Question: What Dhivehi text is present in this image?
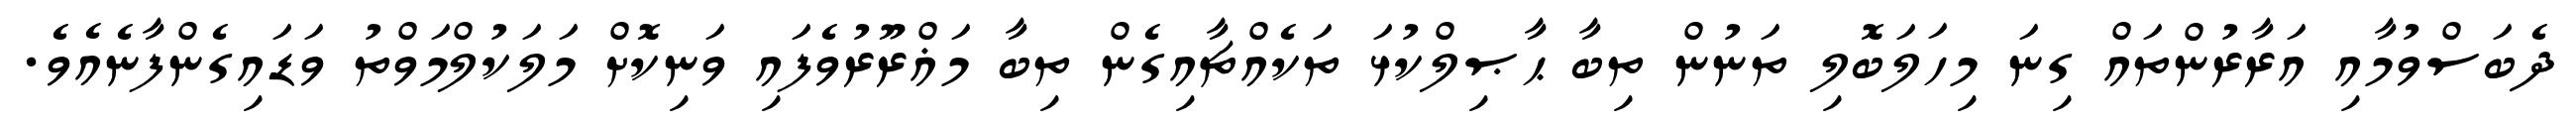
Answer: ދެބަސްވުމާއި އަރާރުންތައް ގިނަ މިހަލަބޮލި ތަނުން ތިބާ ޙާޞިލްކުޅަ ތަކެއްޗާއިގެން ތިބާ މަޣްރޫރުވެފައި ވަނިކޮށް މަލަކުލްމަވްތު ވަޑައިގެންފާނެއެވެ.